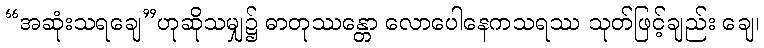
“အဆုံးသရချေ”ဟုဆိုသမျှ၌ ဓာတုဿန္တော လောပေါနေကသရဿ သုတ်ဖြင့်ချည်း ချေ၊